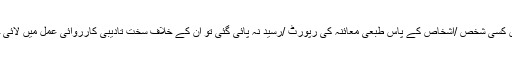
اگر ان میں کسی شخص /اشخاص کے پاس طبعی معائنہ کی رپورٹ /رسید نہ پائی گئی تو ان کے خلاف سخت تادیبی کارروائی عمل میں لائی جائے گی۔